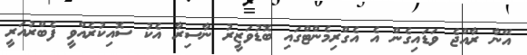
އޭނާ ރާއްޖެ ވަޑައިގެން އެ އެގްރިމެންޓްގައި ބޮޑުވަޒީރު ނާސިރާ އެކު ސޮއިކުރެއްވީ ފެބްރުއަރީ